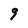
Character: 9